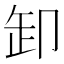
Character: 卸